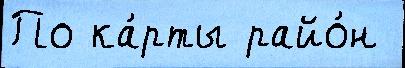
По ка́рты райо́н